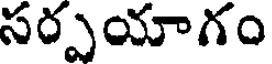
సర్పయాగం